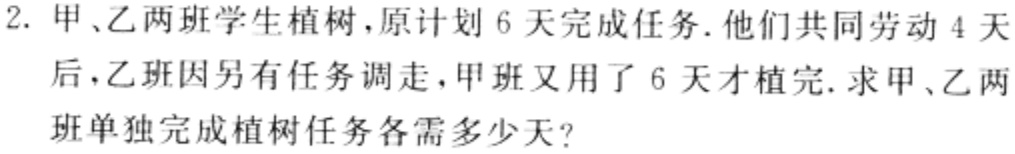
2. 甲、乙两班学生植树，原计划 6 天完成任务. 他们共同劳动 4 天后，乙班因另有任务调走，甲班又用了 6 天才植完. 求甲、乙两班单独完成植树任务各需多少天？